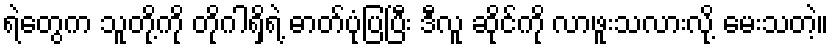
ရဲတွေက သူတို့ကို တိုဂါရှိရဲ့ ဓာတ်ပုံပြပြီး ဒီလူ ဆိုင်ကို လာဖူးသလားလို့ မေးသတဲ့။